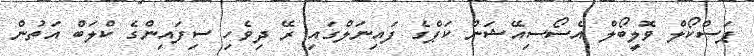
ޕަސްކޯލް ވޮލީބޯލް އެސޯސިއޭޝަން ކަޕްގެ ފައިނަލްގައި ރޭ ދިވެހި ސިފައިންގެ ކްލަބް އަތުން